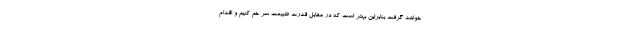
خواهد گرفت بنابراین بهتر است که در مقابل قدرت طبیعت سر خم کنیم و اقدام